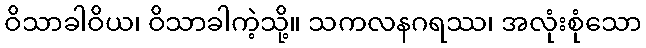
ဝိသာခါဝိယ၊ ဝိသာခါကဲ့သို့။ သကလနဂရဿ၊ အလုံးစုံသော